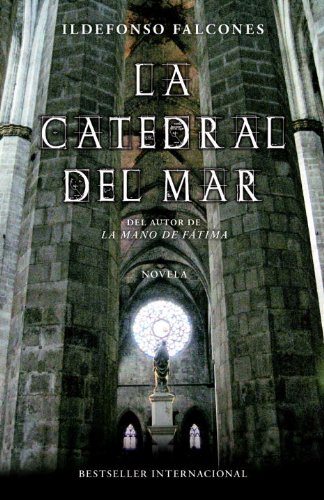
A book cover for La catedral del mar (Spanish Edition); Ildefonso Falcones; Religion & Spirituality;